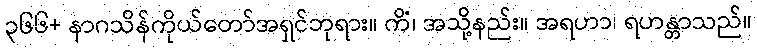
၃၆၆+ နာဂသိန်ကိုယ်တော်အရှင်ဘုရား။ ကိံ၊ အသို့နည်း။ အရဟာ၊ ရဟန္တာသည်။